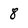
Character: 8